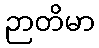
ဉာတိမာ